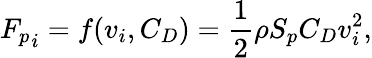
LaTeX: {F_{p}}_{i}=f(v_{i},C_{D})=\frac{1}{2}\rho S_{p}C_{D}v_{i}^{2},